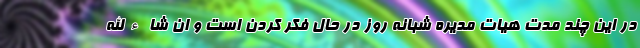
در این چند مدت هیات مدیره شبانه روز در حال فکر کردن است و ان شاءالله